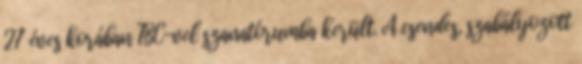
27 éves korában TBC-vel szanatórumba került. A csendes, szabályozott